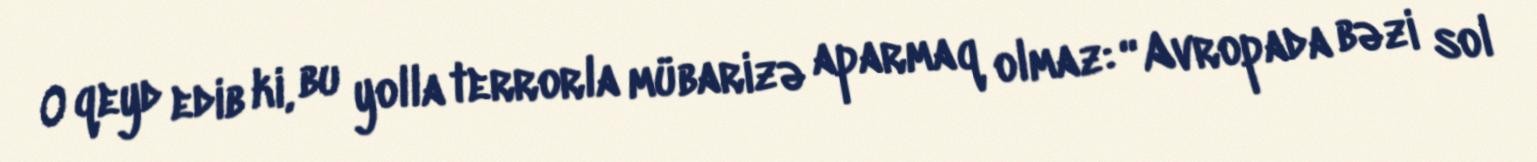
O qeyd edib ki, bu yolla terrorla mübarizə aparmaq olmaz: “Avropada bəzi sol